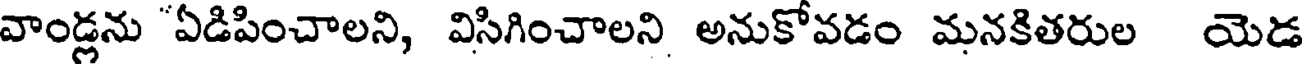
వాండ్లను "ఏడిపించాలని, విసిగించాలని అనుకోవడం మనకితరుల యెడ